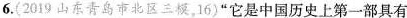
6.(2019山东青岛市北区三模，16)”它是中国历史上第一部具有